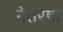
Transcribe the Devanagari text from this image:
नेतरेषा